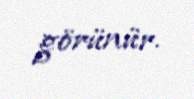
görünür.